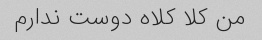
من کلا کلاه دوست ندارم